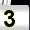
Digit: 3